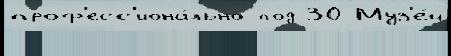
проф'есс'иона́льно под 30 Муз'е́й